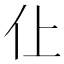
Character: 仩